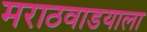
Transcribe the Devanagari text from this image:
मराठवाडयाला